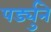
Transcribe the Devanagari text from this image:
पर्ड्युने